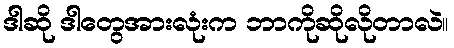
ဒါဆို ဒါတွေအားလုံးက ဘာကိုဆိုလိုတာလဲ။